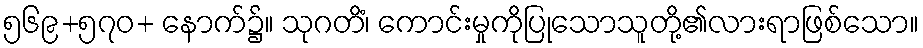
၅၆၉+၅၇၀+ နောက်၌။ သုဂတိံ၊ ကောင်းမှုကိုပြုသောသူတို့၏လားရာဖြစ်သော။